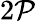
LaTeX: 2\mathcal{P}